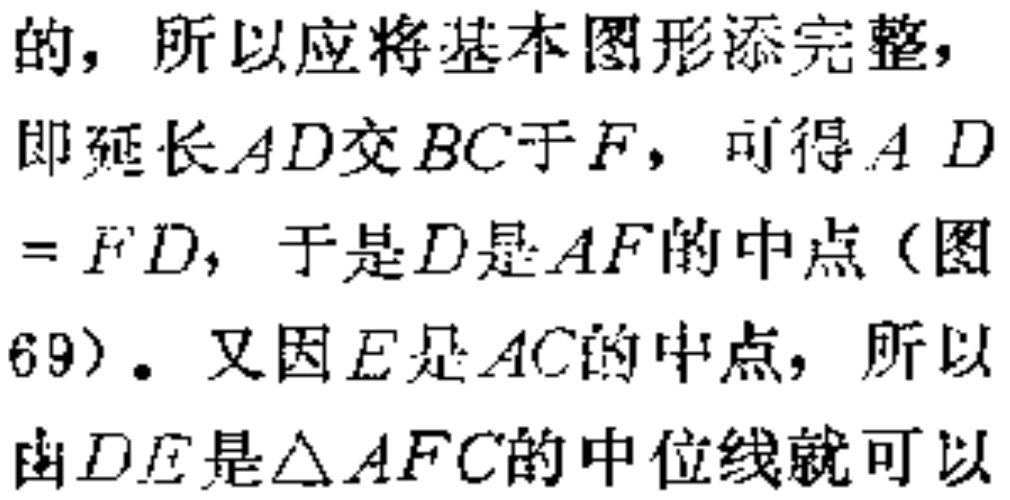
的，所以应将基本图形添完整，

即延长\(AD\)交\(BC\)于\(F\)，可得\(AD = FD\)，于是\(D\)是\(AF\)的中点（图

69）。又因\(E\)是\(AC\)的中点，所以

由\(DE\)是\(\triangle AFC\)的中位线就可以